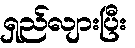
ရှည်လျားပြီး